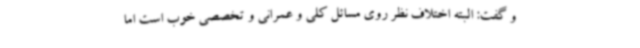
و گفت: البته اختلاف نظر روی مسائل کلی و عمرانی و تخصصی خوب است اما